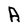
Character: A